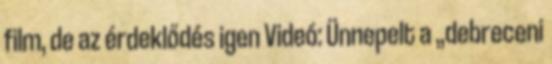
film, de az érdeklődés igen Videó: Ünnepelt a „debreceni